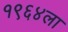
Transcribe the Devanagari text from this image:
१९६४ला